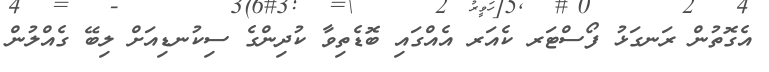
އެގޮތުން ރަނގަޅު ފޯސްޓަރ ކެއަރ އެއްގައި ބޮޑެތިވާ ކުދިންގެ ސިކުނޑިއަށް ލިބޭ ގެއްލުން